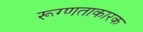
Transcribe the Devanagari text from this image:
रूग्णताकारक